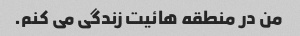
من در منطقه هائیت زندگی می کنم.